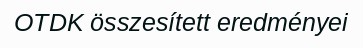
OTDK összesített eredményei